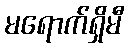
မရောက်ရှိမီ